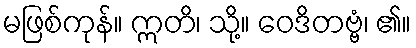
မဖြစ်ကုန်။ ဣတိ၊ သို့။ ဝေဒိတဗ္ဗံ၊ ၏။